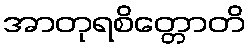
အာတုရစိတ္တောတိ